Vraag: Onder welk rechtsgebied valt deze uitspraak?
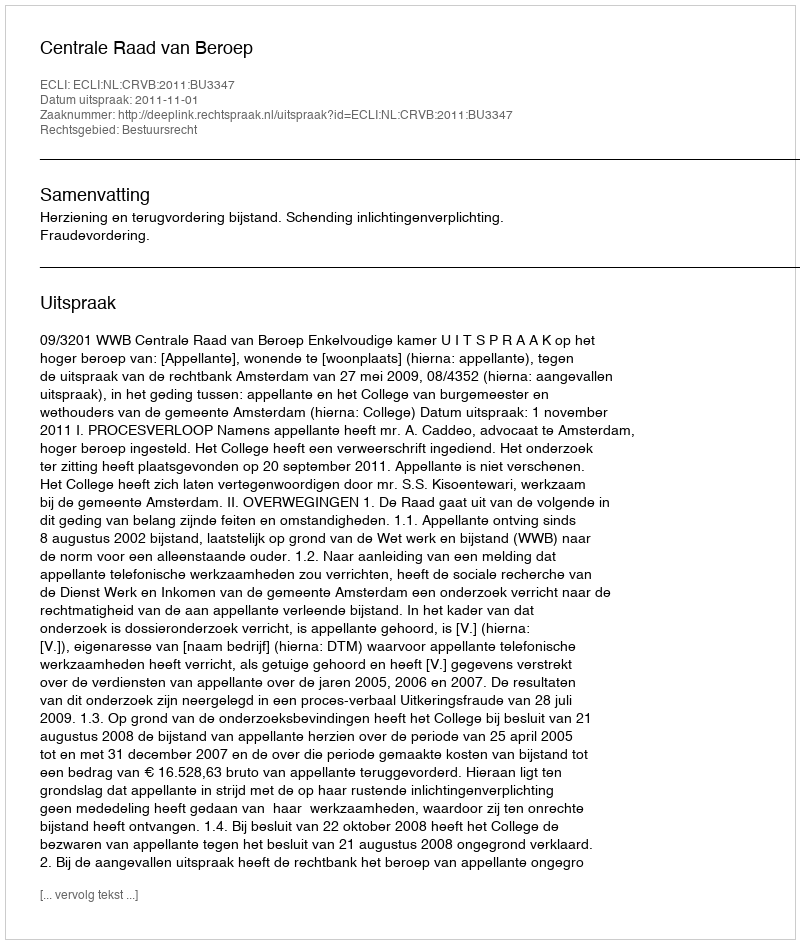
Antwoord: Bestuursrecht